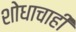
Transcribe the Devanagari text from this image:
शोधाचाही